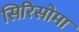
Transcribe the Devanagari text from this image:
सिरिसोमा